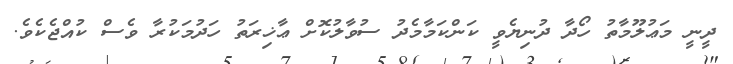
ދީނީ މަޢުލޫމާތު ހޯދާ ދުނިޔެވީ ކަންކަމާމެދު ސުވާލުކޮށް ޢާޚިރަތު ހަދުމަކުރާ ވެސް ކުއްޖެކެވެ.